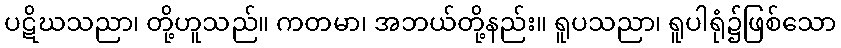
ပဋိဃသညာ၊ တို့ဟူသည်။ ကတမာ၊ အဘယ်တို့နည်း။ ရူပသညာ၊ ရူပါရုံ၌ဖြစ်သော